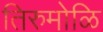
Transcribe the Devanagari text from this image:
तिरुमोळि